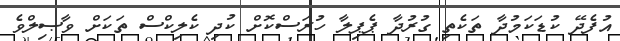
އުފެދޭ ކުޑަކަމުދާ ތަކެތި ގުރުދާ ޕެޕިލާ ހުރަސްކޮށް ކުދި ކެލިކްސް ތަކަށް ވާޞިލްވެ